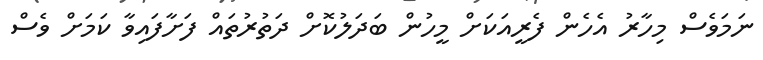
ނަމަވެސް މިހާރު އެހެން ފެރީއަކަށް މީހުން ބަދަލުކޮށް ދަތުރުތައް ފަށާފައިވާ ކަމަށް ވެސް